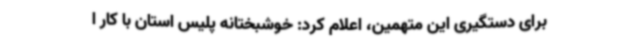
برای دستگیری این متهمین، اعلام کرد: خوشبختانه پلیس استان با کار ا